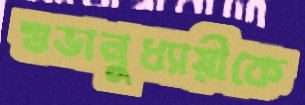
শুভানুধ্যায়ীকে